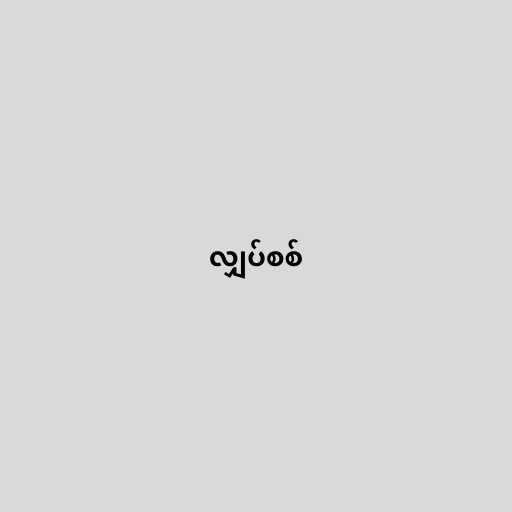
လျှပ်စစ်